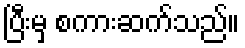
ပြီးမှ စကားဆက်သည်။